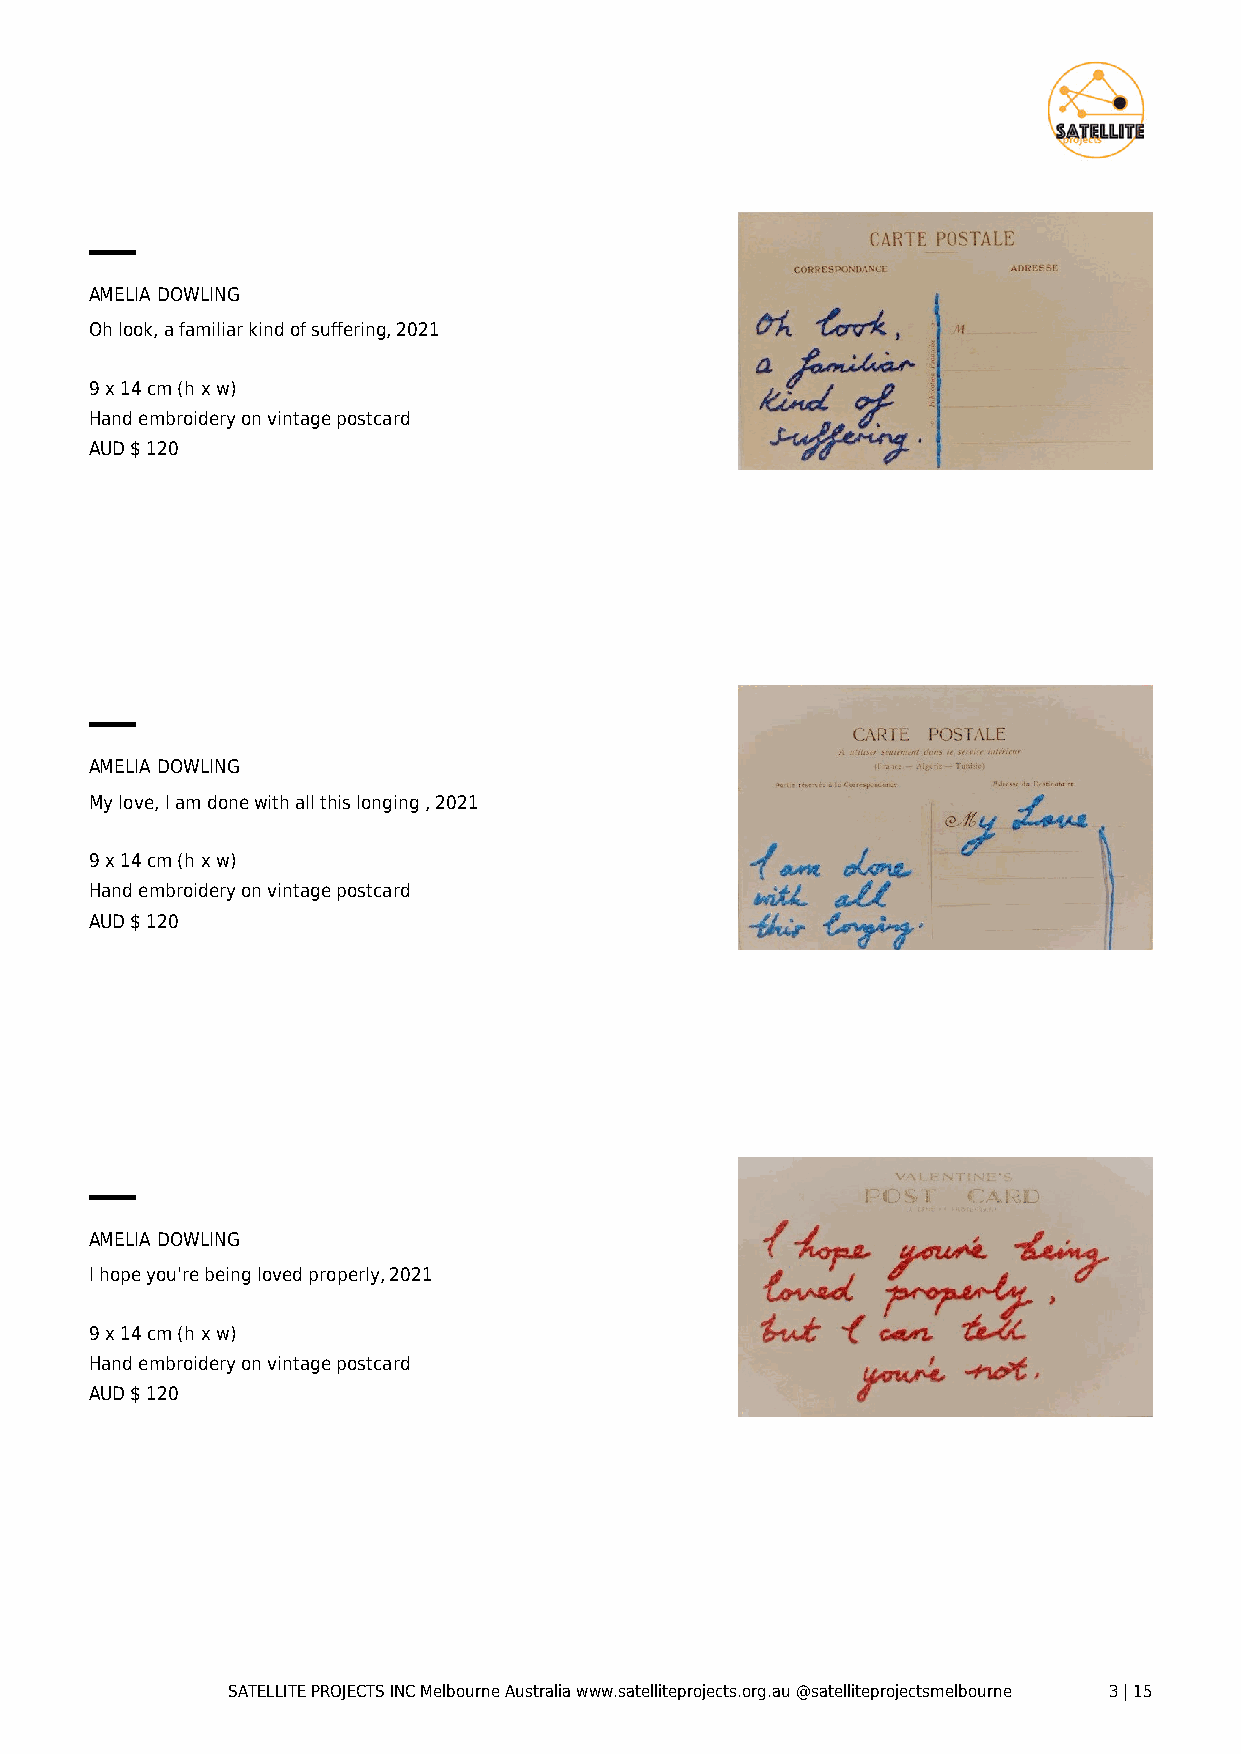
AMELIA DOWLING
 Oh look, a familiar kind of suffering, 2021
 9 x 14 cm (h x w)
 Hand embroidery on vintage postcard
 AUD $ 120
 AMELIA DOWLING
 My love, I am done with all this longing , 2021
 9 x 14 cm (h x w)
 Hand embroidery on vintage postcard
 AUD $ 120
 AMELIA DOWLING
 I hope you're being loved properly, 2021
 9 x 14 cm (h x w)
 Hand embroidery on vintage postcard
 AUD $ 120
 SATELLITE PROJECTS INC Melbourne Australia www.satelliteprojects.org.au @satelliteprojectsmelbourne 3 | 15